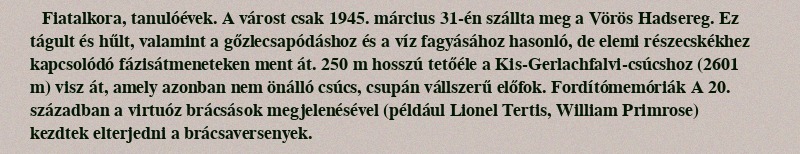
Fiatalkora, tanulóévek. A várost csak 1945. március 31-én szállta meg a Vörös Hadsereg. Ez tágult és hűlt, valamint a gőzlecsapódáshoz és a víz fagyásához hasonló, de elemi részecskékhez kapcsolódó fázisátmeneteken ment át. 250 m hosszú tetőéle a Kis-Gerlachfalvi-csúcshoz (2601 m) visz át, amely azonban nem önálló csúcs, csupán vállszerű előfok. Fordítómemóriák A 20. században a virtuóz brácsások megjelenésével (például Lionel Tertis, William Primrose) kezdtek elterjedni a brácsaversenyek.